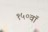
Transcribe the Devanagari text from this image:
१५०वॉ